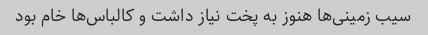
سیب زمینی‌ها هنوز به پخت نیاز داشت و کالباس‌ها خام بود